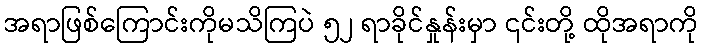
အရာဖြစ်ကြောင်းကိုမသိကြပဲ ၅၂ ရာခိုင်နှုန်းမှာ ၎င်းတို့ ထိုအရာကို